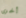
أخرى